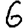
Digit: 6